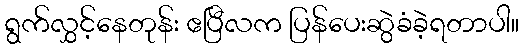
ရွက်လွှင့်နေတုန်း ဧပြီလက ပြန်ပေးဆွဲခံခဲ့ရတာပါ။